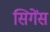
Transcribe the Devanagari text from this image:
सिगेंस